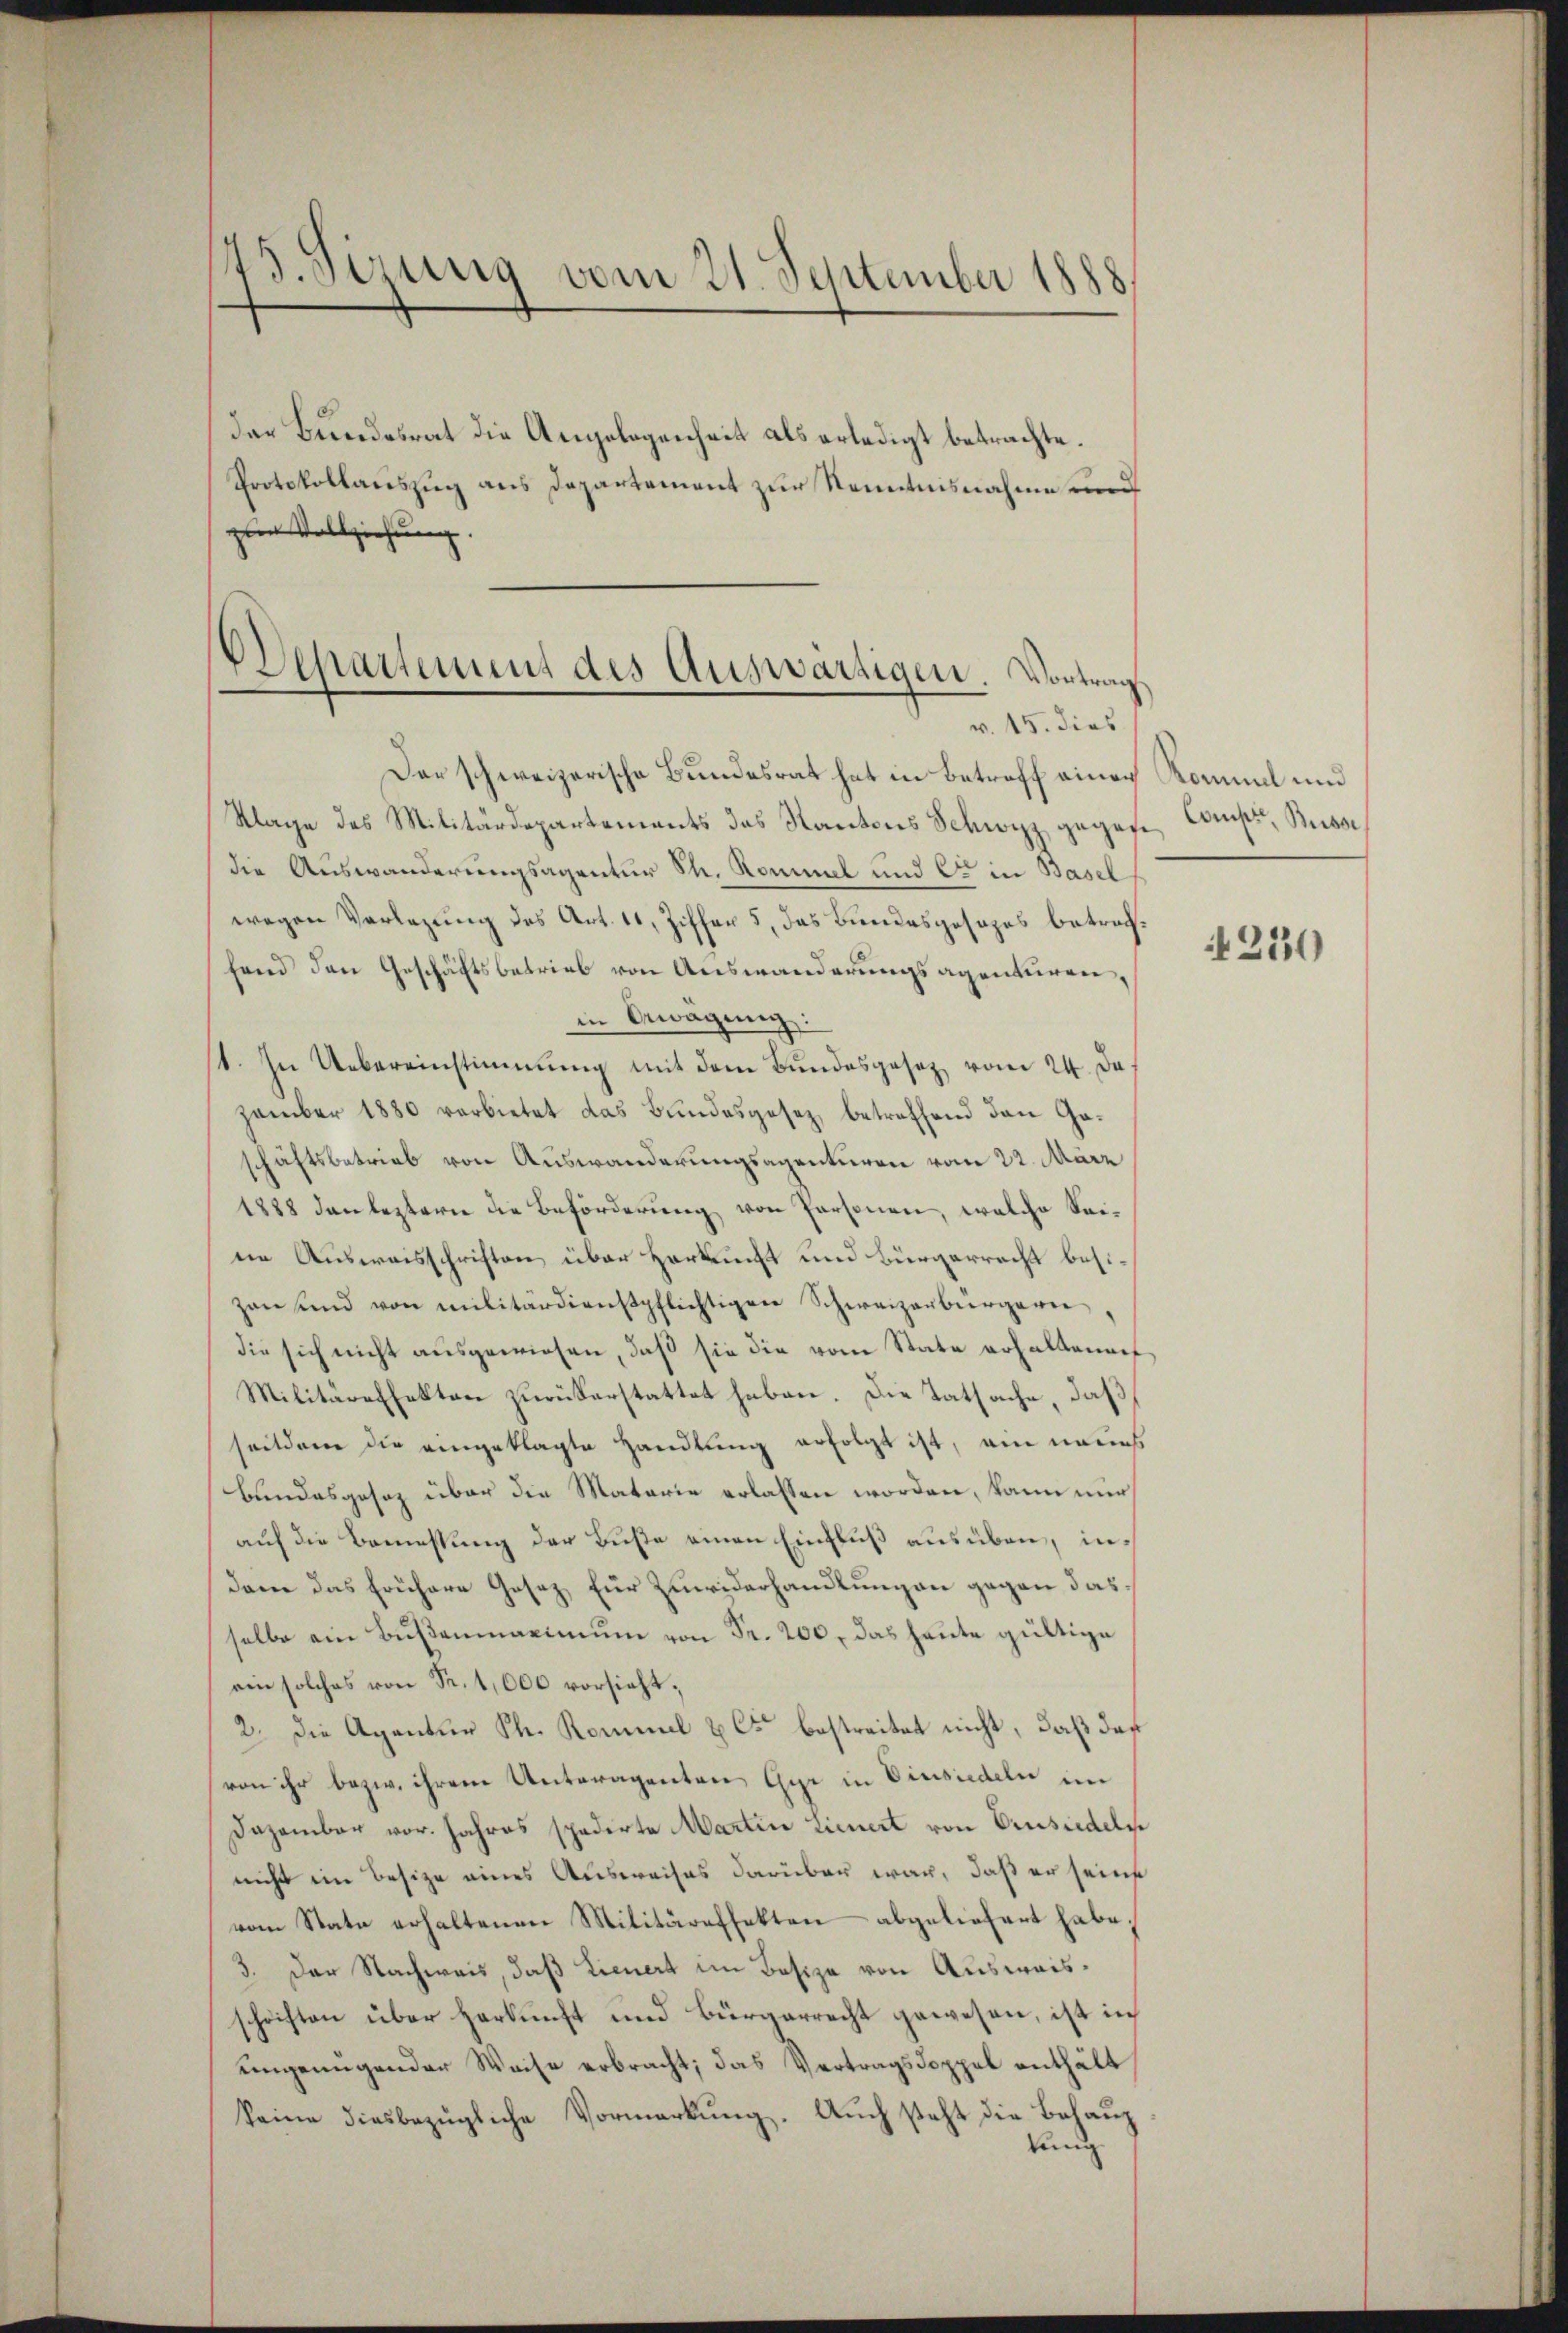
73. Sizung vom 21. September 1888

der Bundesrat die Angelegenheit als erledigt betrachte.
Protokollauszug aus Departement zur Kenntnisnahme und
zur Vollziehung.

Departement des Auswärtigen. Vortrag
v. 15. dies

Der schweizerische Bundesrat hat in Betroff einer Kommel und
Klage des Militärdepartements das Kantons Schwyz gegen Constr, Busse
die Auswanderungsagentur St. Kommel und Er in Basel
wegen Vorlegung des Art. 11, Ziffer 5, das Bundesgesezes betrechfend den Geschäftsbetrieb von Auswanderungsagenturen,
in Gwägung:
st. In Uebereinstimmung mit dem Bundesgesetz vom 24. De
zember 1880 verbietet das Bundesgesez betreffend den Gaschäftsbetrieb von Auswanderungsagenturen vom 22. März
1888 den leztern die Beförderung von Personen, welche Seine Ausweisschriften über Herkunft und Bürgerrecht besizen und von militärdienstpflichtigen Schweizerbürgern
die sich nicht ausgewiesen, daß sie die vom State erhaltende
Militäreffekten zurückerstattet haben. Die Tatsache, daß
seitdem die angeklagte Handlung erfolgt ist, ein neues
Bundesgesez über die Materie erlassen worden, kann nur
auf die Bemessung der Buße einen Einfluß ausüben, indam das frühere Gesez für Zuwiderhandlungen gegen das
selbe ein Bŭβanmaximŭm von Fr. 200, das heute gültige
ein solches von Fr. 1,600 vorsieht,
2. die Agentur Ph. Rommel & es bestreitet nicht, daß daß
von ihr bezw. ihrem Unteragenten Gyr in Einsiedeln im
Dazambar vor. Jahres spedirte Martin Lieuert von Einsiedels
nicht im Besize eines Ausweises darüber war, daß er seine
vom State erhaltenen Militäreffekten abgeliefert habe,
3. Der Nachweis, daß Lienert im Besize von Ausweisschriften über Herkunft und Bürgerrecht gewesen, ist in
ungenügender Weise erbracht; das Vertragsdoppel enthält
keine diesbezügliche Vormerkung. Auch steht die Behaup
tung

250